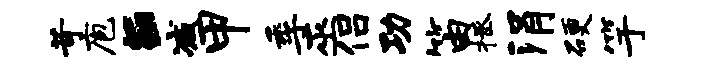
苛庖E减甲季巫侣功笛拯涓硬竽